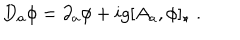
LaTeX: D _ { a } \phi = \partial _ { a } \phi + i g [ A _ { a } , \phi ] _ { \star } \; .